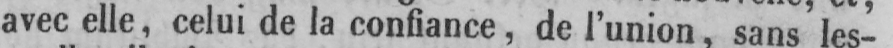
avec elle, celui de la confiance, de l’union, sans les-